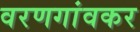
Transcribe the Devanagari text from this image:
वरणगांवकर